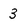
Character: 3